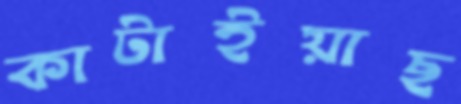
কাটাইয়াছ